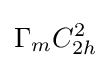
\Gamma _{m}C_{2h}^{2}